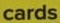
cards